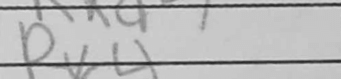
Transcription: Rxc4